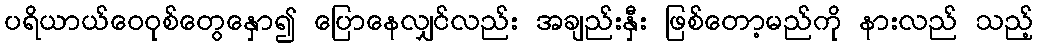
ပရိယာယ်ဝေဝုစ်တွေနှော၍ ပြောနေလျှင်လည်း အချည်းနှီး ဖြစ်တော့မည်ကို နားလည် သည့်